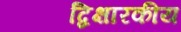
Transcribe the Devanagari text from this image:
द्विक्षारकीय